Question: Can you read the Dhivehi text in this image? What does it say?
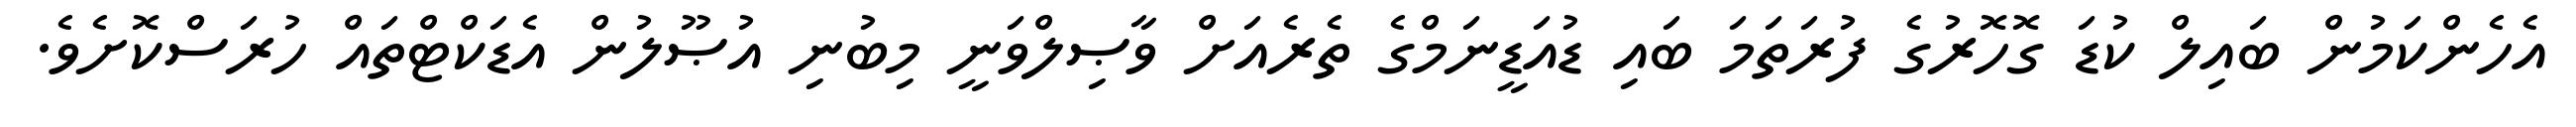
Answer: އެހެންކަމުން ބައިލް ކުޑަ ގޮހޮރުގެ ފުރަތަމަ ބައި ޑުއަޑީނަމްގެ ތެރެއަށް ވާޞިލްވަނީ މިބުނި އުޞޫލުން އެޑަކްޓްތައް ހުރަސްކޮށެވެ.